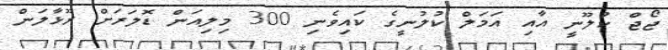
ޖޯޖް ކުލޫނީ އާއި އަމަލް ކުލުނީގެ ކައިވެނި 300 މިލިއަން ޑޮލަރަށް ރޫޅާލަން